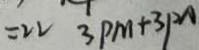
= 2 2 3 P M + 3 P 2 A